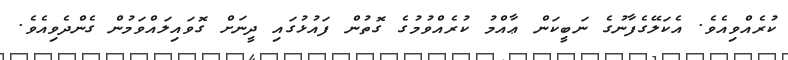
ކުރެއްވިއެވެ. އެކަލޭގެފާނުގެ ނަބީކަން ޢާއްމު ކުރެއްވުމުގެ ގޮތުން ފައުޅުގައި ދީނަށް ގޮވައިލައްވަމުން ގެންދެވިއެވެ.